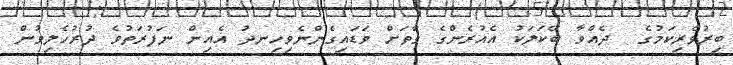
ބިރުވެރިކަމުގެ  ދެއްވާ ބޭކަލަކު އެއުރެންގެ ގާތަށް ވަޑައިގެންނެވިހިނދު އެއިން ނަފުރަތުވެ ދުރުހެލިވުން